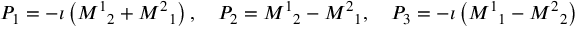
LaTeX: P _ { 1 } = - \imath \left( { M ^ { 1 } } _ { 2 } + { M ^ { 2 } } _ { 1 } \right) , \quad P _ { 2 } = { M ^ { 1 } } _ { 2 } - { M ^ { 2 } } _ { 1 } , \quad P _ { 3 } = - \imath \left( { M ^ { 1 } } _ { 1 } - { M ^ { 2 } } _ { 2 } \right)